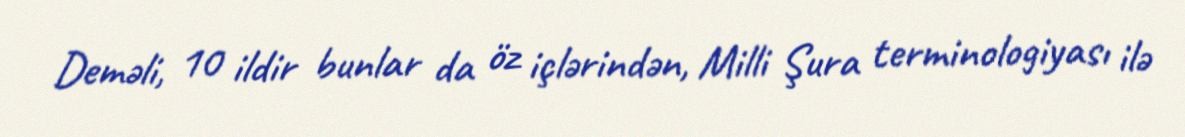
Deməli, 10 ildir bunlar da öz içlərindən, Milli Şura terminologiyası ilə